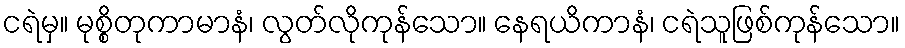
ငရဲမှ။ မုစ္စိတုကာမာနံ၊ လွတ်လိုကုန်သော။ နေရယိကာနံ၊ ငရဲသူဖြစ်ကုန်သော။